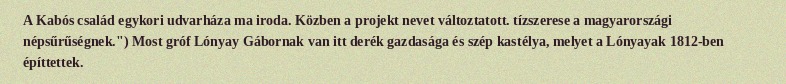
A Kabós család egykori udvarháza ma iroda. Közben a projekt nevet változtatott. tízszerese a magyarországi népsűrűségnek.") Most gróf Lónyay Gábornak van itt derék gazdasága és szép kastélya, melyet a Lónyayak 1812-ben építtettek.